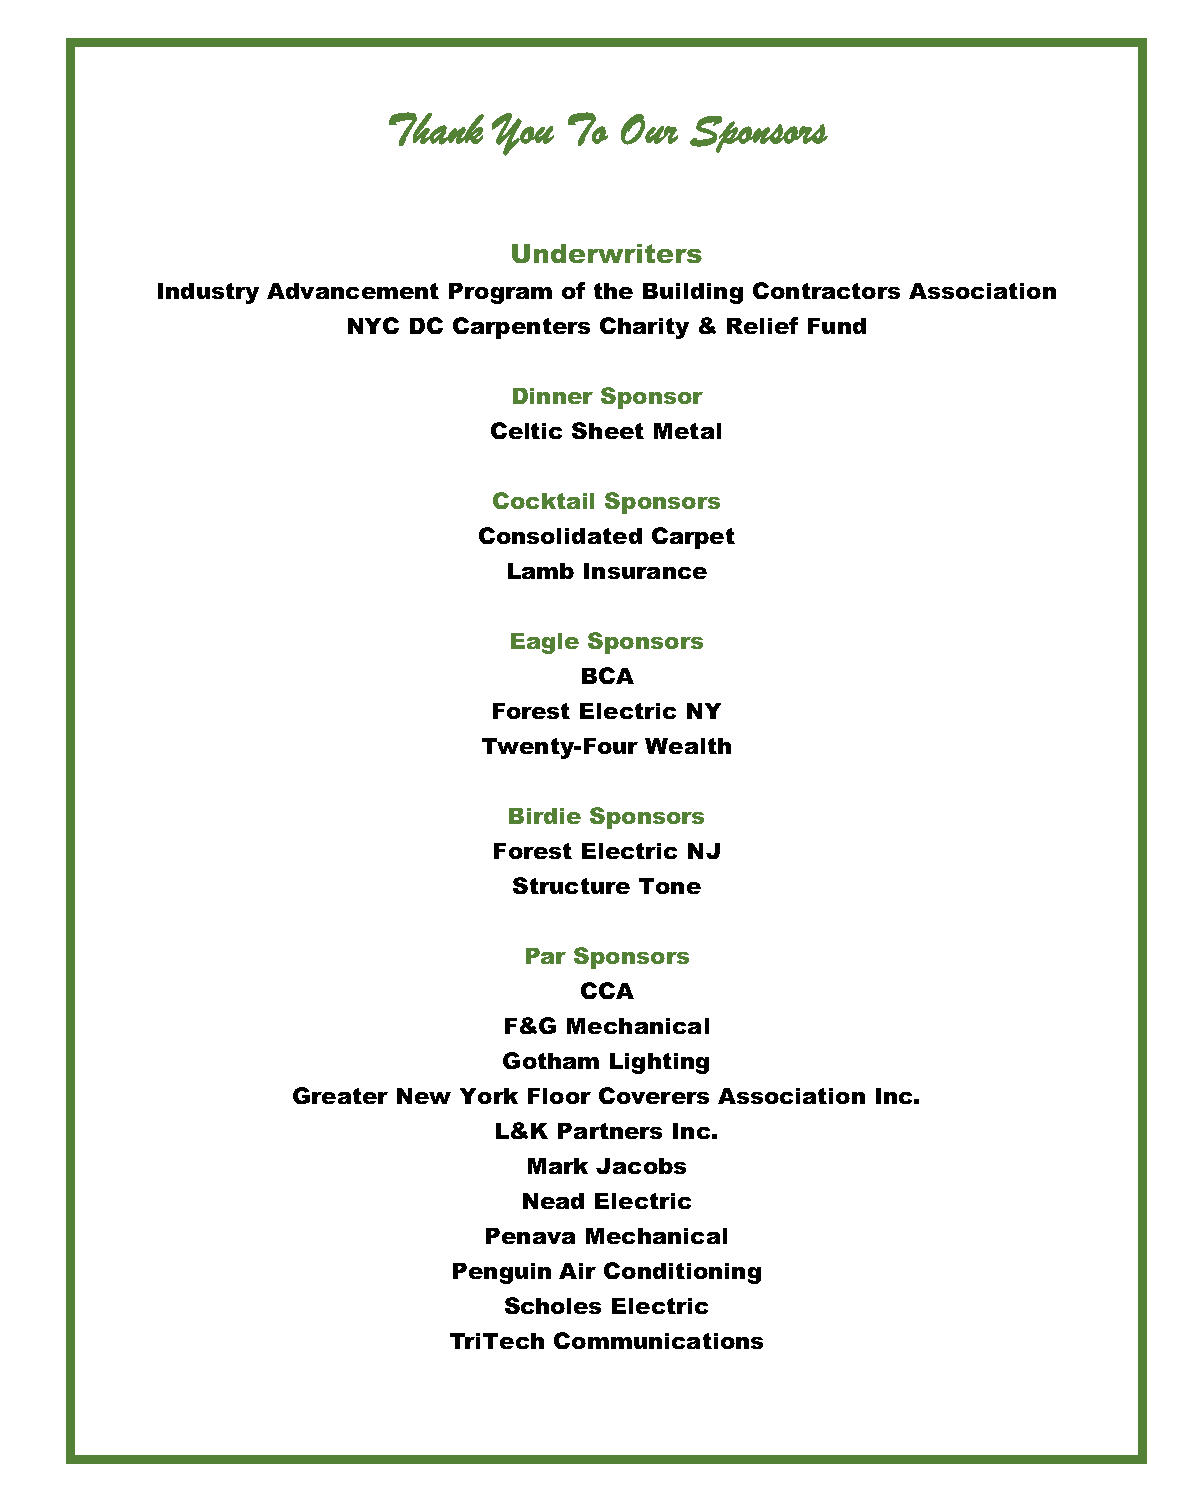
TThhaannkk YYoouu TToo OOuurr SSppoonnssoorrss
 Underwriters
 Industry Advancement Program of the Building Contractors Association
 NYC DC Carpenters Charity & Relief Fund
 Dinner Sponsor
 Celtic Sheet Metal
 Cocktail Sponsors
 Consolidated Carpet
 Lamb  Insurance
 Eagle Sponsors
 BCA
 Forest Electric NY
 Twenty-Four Wealth
 Birdie Sponsors
 Forest Electric NJ
 Structure Tone
 Par Sponsors
 CCA
 F&G Mechanical
 Gotham Lighting
 Greater New York Floor Coverers Association Inc.
 L&K Partners Inc.
 Mark Jacobs
 Nead Electric
 Penava Mechanical
 Penguin Air Conditioning
 Scholes Electric
 TriTech Communications